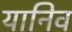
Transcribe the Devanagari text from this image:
यानिव